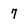
Character: 7